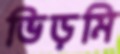
ভিড়মি